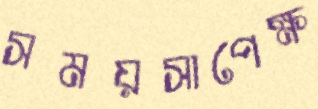
সময়সাপেক্ষ